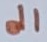
Text: d1